Scientific memoirs by medical officers of the Army of India - Part VI,
Year: 1891
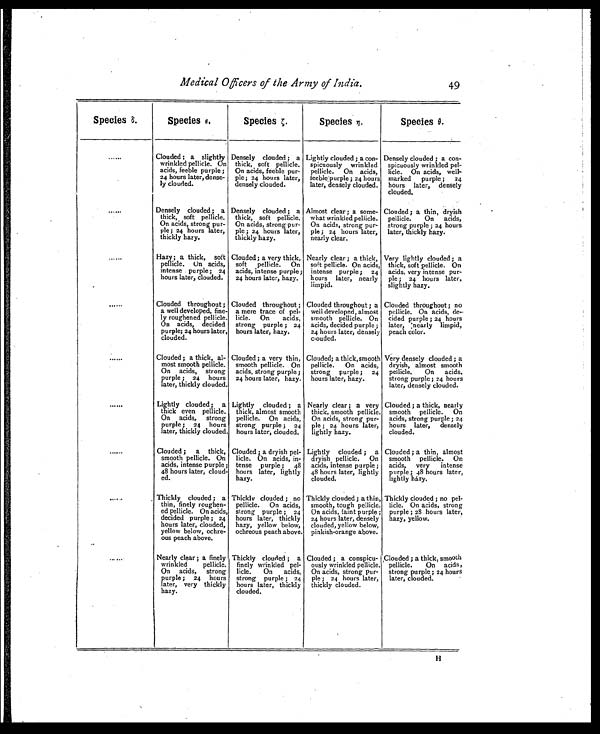
Medical Officers of the Army of India.
49
Species ε.
Species Є
.
Species.ζ
Species η .
Species θ .
......
Clouded ; a slightly
wrinkled pellicle. On
cids, feeble purple ;
24 hours later, dense-
ly clouded.
Densely clouded ; a
thick, soft pellicle.
On acids, feeble pur-
ple; 24 hours later,
densely clouded.
Lightly clouded ; a con-
spicuously wrinkled
pellicle. On acids,
feeble purple ; 24 hours
later, densely clouded.
Densely clouded ; a con-
spicuously wrinkled pel-
licle. On acids, well
-
marked purple ; 24
hours later, densely
clouded.
......
Densely clouded ; a
thick, soft pellicle.
On acids, strong pur-
ple; 24 hours later,
thickly hazy.
Densely clouded ; a
thick, soft pellicle.
On acids, strong pur-
ple ; 24 hours later,
thickly hazy.
Almost clear ; a some-
what wrinkled pellicle.
On acids, strong pur-
ple ; 24 hours later,
nearly clear.
Clouded ; a thin, dryish
pellicle. On acids,
strong purple ; 24 hours
later, thickly hazy.
......
Hazy; a thick, soft
pellicle. On acids,
intense purple; 24
hours later, clouded.
Clouded; a very thick,
soft pellicle. On
acids, intense purple ;
24 hours later, hazy.
Nearly clear ; a thick,
soft pellicle. On acids,
intense purple ; 24
hours later, nearly
limpid.
Very lightly clouded ; a
thick, soft pellicle. On
acids, very intense pur-
pie; 24 hours later.
slightly hazy.
......
Clouded throughout ;
a well developed, fine-
ly roughened pellicle.
On acids, decided
purple; 24 hours later,
clouded.
Clouded throughout ;
a mere trace of pel-
licle. On acids,
strong purple ; 24
hours later, hazy.
Clouded throughout ; a
well developed, almost
smooth pellicle. On
acids, decided purple ;
24 hours later, densely
clouded.
Clouded throughout ; no
pellicle. On acids, de-
cided purple ; 24 hours
later, nearly limpid,
peach color.
......
Clouded ; a thick, al-
most smooth pellicle.
On acids, strong
purple ; 24 hours
later, thickly clouded
Clouded ; a very thin,
smooth pellicle. On
acids, strong purple ;
24 hours later, hazy.
Clouded; a thick,smooth
pellicle. On acids,
strong purple ; 24
hours later, hazy.
Very densely clouded ; a
dryish, almost smooth
pellicle. On acids.
strong purple ; 24 hours
later, densely clouded.
......
Lightly clouded ; a
thick even pellicle.
On acids, strong
purple ; 24 hours
later, thickly clouded.
Lightly clouded ; a
thick, almost smooth
pellicle. On acids,
strong purple ; 24
hours later, clouded.
Nearly clear ; a very
thick, smooth pellicle.
On acids, strong pur-
ple ; 24 hours later,
lightly hazy.
Clouded ; a thick, nearly
smooth pellicle. On
acids, strong purple ; 24
hours later, densely
clouded.
......
Clouded ; a thick,
smooth pellicle. On
acids, intense purple ;
48 hours later, cloud-
ed.
Clouded ; a dryish pel-
licle. On acids, in-
tense purple ; 48
hours later, lightly
hazy.
Lightly clouded ; a
dryish pellicle. On
acids, intense purple ;
48 hours later, lightly
clouded.
Clouded ; a thin, almost
smooth pellicle. On
acids, very intense
purple; 48 hours later,
lightly hazy.
......
Thickly clouded ; a
thin, finely roughen-
ed pellicle. On acids,
decided purple ; 24
hours later, clouded,
yellow below, ochre-
ous peach above.
Thickly clouded ; no
pellicle. On acids,
strong purple ; 24
hours later, thickly
hazy, yellow below,
ochreous peach above.
Thickly clouded ; a thin,
smooth, tough pellicle.
On acids, faint purple
24 hours later, densely
clouded, yellow below,
pinkish-orange above.
Thickly clouded ; no pel-
licle. On acids, strong
purple ; 28 hours later,
hazy, yellow.
......
Nearly clear ; a finely
wrinkled pellicle.
On acids, strong
purple ; 24 hours
later, very thickly
hazy.
Thickly clouded ; a
finely wrinkled pel-
licle. On acids,
strong purple ; 24
hours later, thickly
clouded.
Clouded ; a conspicu-
ously wrinkled pellicle.
On acids, strong pur-
ple ; 24 hours later,
thickly clouded.
Clouded ; a thick, smooth
pellicle. On acids,
strong purple ; 24 hours
later, clouded.
H